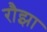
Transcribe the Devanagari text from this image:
रौझा